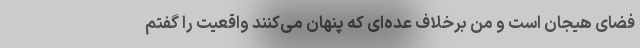
فضای هیجان است و من برخلاف عده‌ای که پنهان می‌کنند واقعیت را گفتم